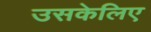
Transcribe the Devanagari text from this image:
उसकेलिए